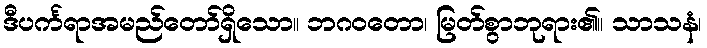
ဒီပင်္ကရာအမည်တော်ရှိသော။ ဘဂဝတော၊ မြတ်စွာဘုရား၏။ သာသနံ၊